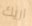
اريك